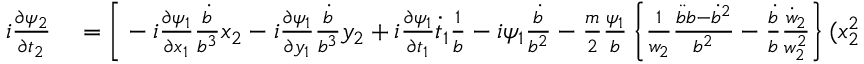
\begin{array} { r l } { i \frac { \partial \psi _ { 2 } } { \partial t _ { 2 } } } & { { } = \Bigg [ - i \frac { \partial \psi _ { 1 } } { \partial x _ { 1 } } \frac { \dot { b } } { b ^ { 3 } } x _ { 2 } - i \frac { \partial \psi _ { 1 } } { \partial y _ { 1 } } \frac { \dot { b } } { b ^ { 3 } } y _ { 2 } + i \frac { \partial \psi _ { 1 } } { \partial t _ { 1 } } \dot { t } _ { 1 } \frac { 1 } { b } - i \psi _ { 1 } \frac { \dot { b } } { b ^ { 2 } } - \frac { m } { 2 } \frac { \psi _ { 1 } } { b } \left\{ \frac { 1 } { w _ { 2 } } \frac { \ddot { b } b - \dot { b } ^ { 2 } } { b ^ { 2 } } - \frac { \dot { b } } { b } \frac { \dot { w } _ { 2 } } { w _ { 2 } ^ { 2 } } \right\} ( x _ { 2 } ^ { 2 } + y _ { 2 } ^ { 2 } ) \; + } \end{array}